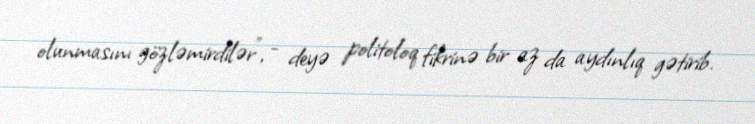
olunmasını gözləmirdilər”, - deyə politoloq fikrinə bir az da aydınlıq gətirib.